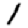
Digit: 1